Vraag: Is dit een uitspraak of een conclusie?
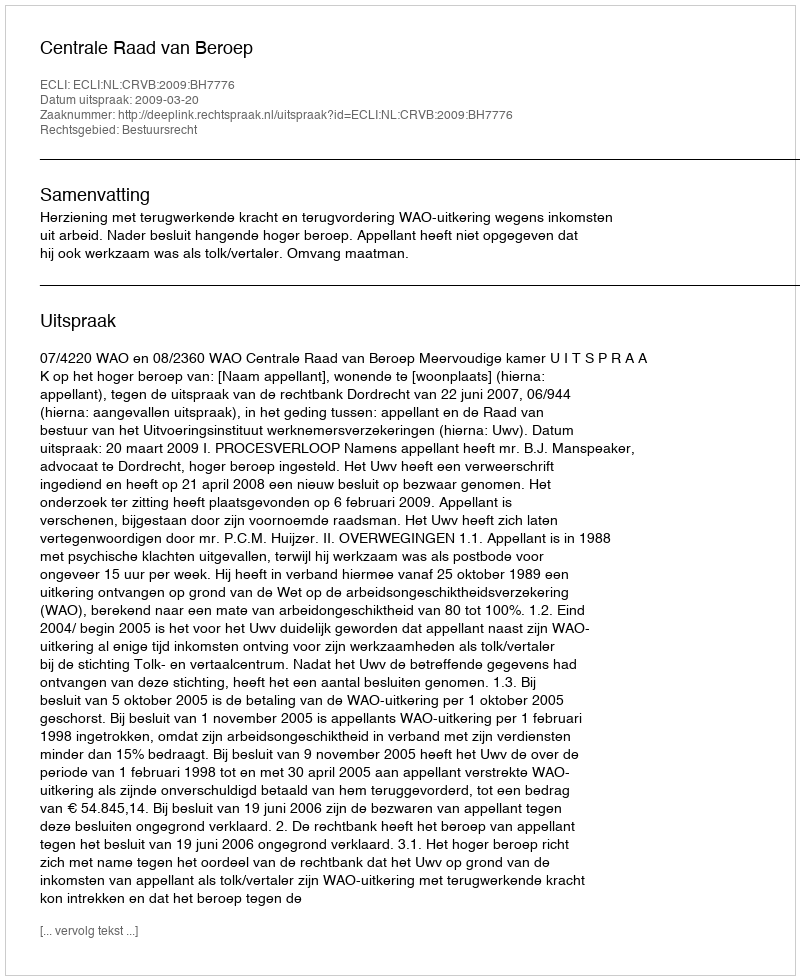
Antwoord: Uitspraak